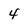
Character: 4